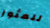
للعثور